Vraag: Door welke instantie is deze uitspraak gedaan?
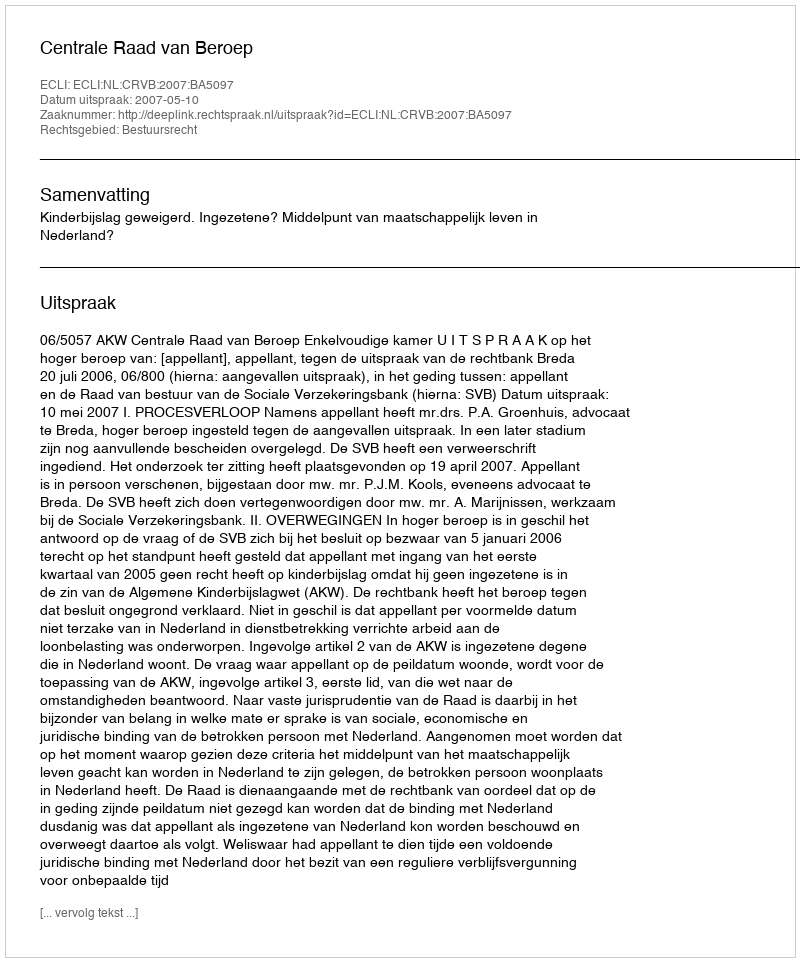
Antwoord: Centrale Raad van Beroep